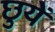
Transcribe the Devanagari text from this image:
छुयें